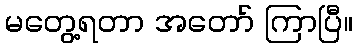
မတွေ့ရတာ အတော် ကြာပြီ။